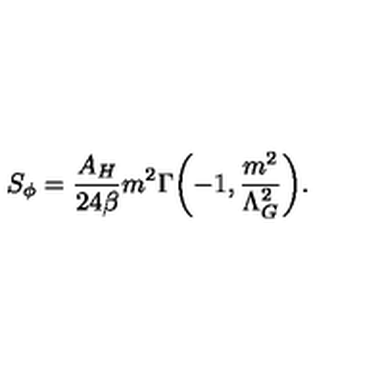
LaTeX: S _ { \phi } = \frac { A _ { H } } { 2 4 \beta } m ^ { 2 } \Gamma \biggl ( - 1 , \frac { m ^ { 2 } } { \Lambda _ { G } ^ { 2 } } \biggr ) .